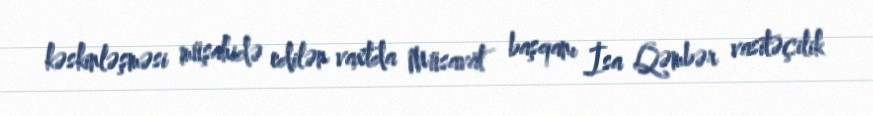
kəskinləşməsi müşahidə edilən vaxtda Müsavat başqanı İsa Qəmbər vasitəçilik